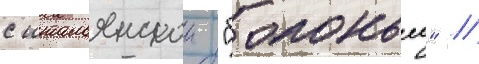
с итальянскои "болоньеи" //